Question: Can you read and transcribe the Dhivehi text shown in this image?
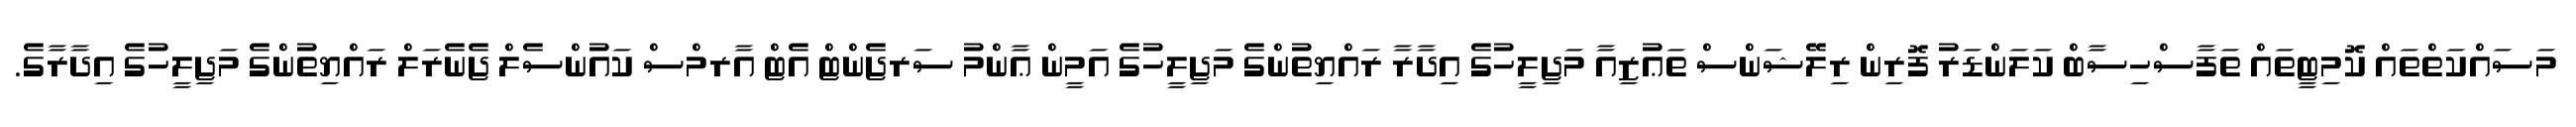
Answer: މަސައްކަތްތައް ކޮމިޓީތައް ތަފާސްހިސާބް ކަލަންޑަރު ފޮރިން ރިލޭޝަންސް ތަޢުޒިއާ މަޖިލީހުގެ އިދާރާ ރައްޔިތުންގެ މަޖިލީހުގެ އަމީން ޢާންމު ސަރޖެންޓް އެޓް އާރމްސް ކައުންސެލް ޖެނެރަލް ރައްޔިތުންގެ މަޖިލީހުގެ އިދާރާގެ.